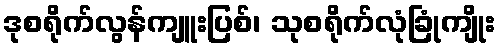
ဒုစရိုက်လွန်ကျူးပြစ်၊ သုစရိုက်လုံခြုံကျိုး